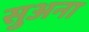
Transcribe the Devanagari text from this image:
सुअना